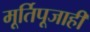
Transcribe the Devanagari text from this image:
मूर्तिपूजाही